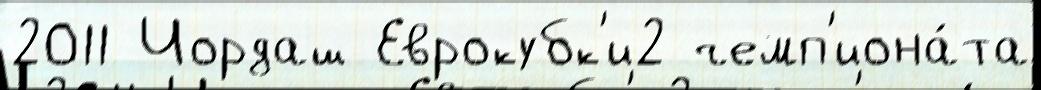
2011 Чордаш Еврокубк'и2 чемп'иона́та